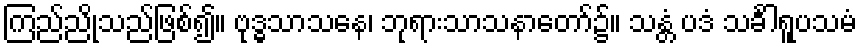
ကြည်ညိုသည်ဖြစ်၍။ ဗုဒ္ဓသာသနေ၊ ဘုရားသာသနာတော်၌။ သန္တံ ပဒံ သင်္ခါရူပသမံ